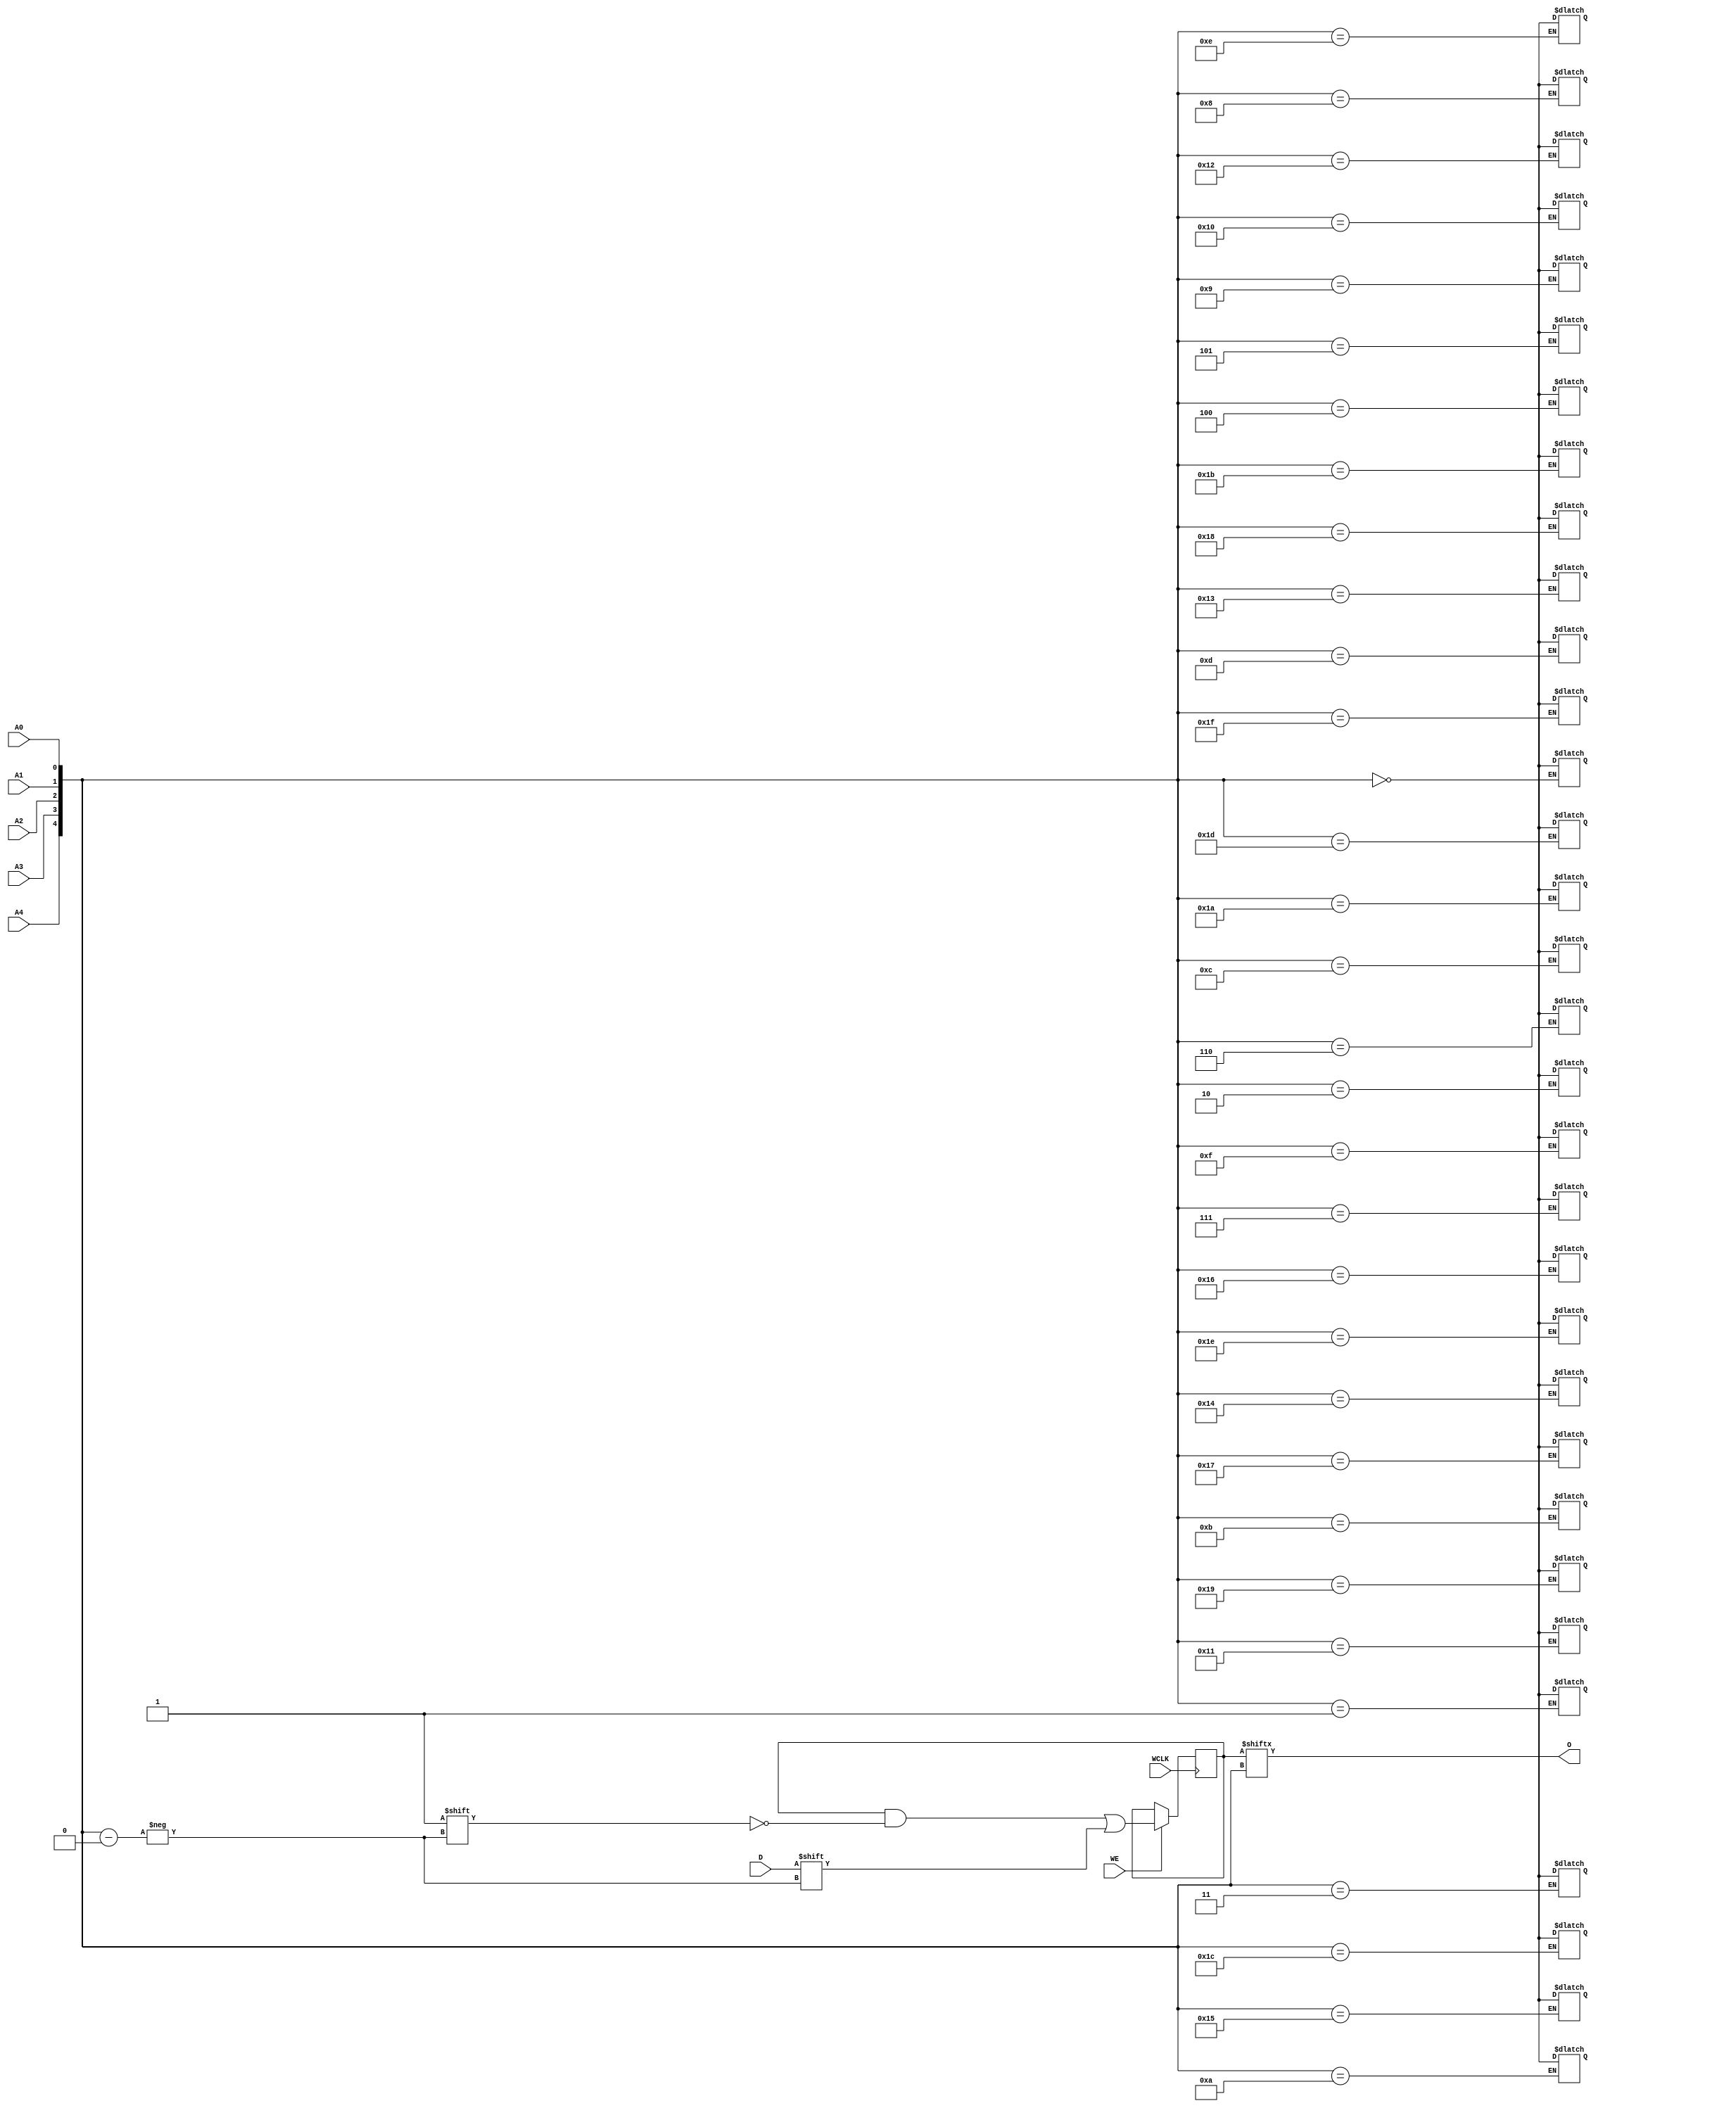
module RAM32X1S #(
`ifdef XIL_TIMING
    parameter LOC = "UNPLACED",
`endif
    parameter [31:0] INIT = 32'h00000000,
    parameter [0:0] IS_WCLK_INVERTED = 1'b0
)(
    output O,
    input  A0, 
    input  A1, 
    input  A2, 
    input  A3, 
    input  A4, 
    input  D, 
    input  WCLK, 
    input  WE
);

    reg  [31:0] mem;
    wire [4:0] A_dly, A_in;

    reg notifier;
    wire D_dly, WCLK_dly, WE_dly;
    wire D_in, WCLK_in, WE_in;
    
    assign O = mem[A_in];

    initial 
        mem = INIT;

    always @(posedge WCLK_in) 
        if (WE_in == 1'b1)
            mem[A_in] <= #100 D_in;
    
    always @(notifier)
        mem[A_in] <= 1'bx;

`ifndef XIL_TIMING
    assign A_dly = {A4, A3, A2, A1, A0};
    assign D_dly = D;
    assign WCLK_dly = WCLK;
    assign WE_dly = WE;
`endif

    assign WCLK_in = IS_WCLK_INVERTED ^ WCLK_dly;
    assign WE_in = WE_dly;
    assign A_in = A_dly;
    assign D_in = D_dly;

`ifdef XIL_TIMING
    specify

    (WCLK => O) = (0:0:0, 0:0:0);
    (A0 => O) = (0:0:0, 0:0:0);
    (A1 => O) = (0:0:0, 0:0:0);
    (A2 => O) = (0:0:0, 0:0:0);
    (A3 => O) = (0:0:0, 0:0:0);
    (A4 => O) = (0:0:0, 0:0:0);

    $setuphold (posedge WCLK, posedge D &&& WE, 0:0:0, 0:0:0, notifier,,,WCLK_dly,D_dly);
    $setuphold (posedge WCLK, negedge D &&& WE, 0:0:0, 0:0:0, notifier,,,WCLK_dly,D_dly);
    $setuphold (posedge WCLK, posedge A0 &&& WE, 0:0:0, 0:0:0, notifier,,,WCLK_dly,A_dly[0]);
    $setuphold (posedge WCLK, negedge A0 &&& WE, 0:0:0, 0:0:0, notifier,,,WCLK_dly,A_dly[0]);
    $setuphold (posedge WCLK, posedge A1 &&& WE, 0:0:0, 0:0:0, notifier,,,WCLK_dly,A_dly[1]);
    $setuphold (posedge WCLK, negedge A1 &&& WE, 0:0:0, 0:0:0, notifier,,,WCLK_dly,A_dly[1]);
    $setuphold (posedge WCLK, posedge A2 &&& WE, 0:0:0, 0:0:0, notifier,,,WCLK_dly,A_dly[2]);
    $setuphold (posedge WCLK, negedge A2 &&& WE, 0:0:0, 0:0:0, notifier,,,WCLK_dly,A_dly[2]);
    $setuphold (posedge WCLK, posedge A3 &&& WE, 0:0:0, 0:0:0, notifier,,,WCLK_dly,A_dly[3]);
    $setuphold (posedge WCLK, negedge A3 &&& WE, 0:0:0, 0:0:0, notifier,,,WCLK_dly,A_dly[3]);
    $setuphold (posedge WCLK, posedge A4 &&& WE, 0:0:0, 0:0:0, notifier,,,WCLK_dly,A_dly[4]);
    $setuphold (posedge WCLK, negedge A4 &&& WE, 0:0:0, 0:0:0, notifier,,,WCLK_dly,A_dly[4]);
    $setuphold (posedge WCLK, posedge WE, 0:0:0, 0:0:0, notifier,,,WCLK_dly,WE_dly);
    $setuphold (posedge WCLK, negedge WE, 0:0:0, 0:0:0, notifier,,,WCLK_dly,WE_dly);
    $period (posedge WCLK &&& WE, 0:0:0, notifier);

    $setuphold (negedge WCLK, posedge D &&& WE, 0:0:0, 0:0:0, notifier,,,WCLK_dly,D_dly);
    $setuphold (negedge WCLK, negedge D &&& WE, 0:0:0, 0:0:0, notifier,,,WCLK_dly,D_dly);
    $setuphold (negedge WCLK, posedge A0 &&& WE, 0:0:0, 0:0:0, notifier,,,WCLK_dly,A_dly[0]);
    $setuphold (negedge WCLK, negedge A0 &&& WE, 0:0:0, 0:0:0, notifier,,,WCLK_dly,A_dly[0]);
    $setuphold (negedge WCLK, posedge A1 &&& WE, 0:0:0, 0:0:0, notifier,,,WCLK_dly,A_dly[1]);
    $setuphold (negedge WCLK, negedge A1 &&& WE, 0:0:0, 0:0:0, notifier,,,WCLK_dly,A_dly[1]);
    $setuphold (negedge WCLK, posedge A2 &&& WE, 0:0:0, 0:0:0, notifier,,,WCLK_dly,A_dly[2]);
    $setuphold (negedge WCLK, negedge A2 &&& WE, 0:0:0, 0:0:0, notifier,,,WCLK_dly,A_dly[2]);
    $setuphold (negedge WCLK, posedge A3 &&& WE, 0:0:0, 0:0:0, notifier,,,WCLK_dly,A_dly[3]);
    $setuphold (negedge WCLK, negedge A3 &&& WE, 0:0:0, 0:0:0, notifier,,,WCLK_dly,A_dly[3]);
    $setuphold (negedge WCLK, posedge A4 &&& WE, 0:0:0, 0:0:0, notifier,,,WCLK_dly,A_dly[4]);
    $setuphold (negedge WCLK, negedge A4 &&& WE, 0:0:0, 0:0:0, notifier,,,WCLK_dly,A_dly[4]);
    $setuphold (negedge WCLK, posedge WE, 0:0:0, 0:0:0, notifier,,,WCLK_dly,WE_dly);
    $setuphold (negedge WCLK, negedge WE, 0:0:0, 0:0:0, notifier,,,WCLK_dly,WE_dly);
    $period (negedge WCLK &&& WE, 0:0:0, notifier);

    specparam PATHPULSE$ = 0;

  endspecify
`endif
    
endmodule